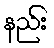
နည်း